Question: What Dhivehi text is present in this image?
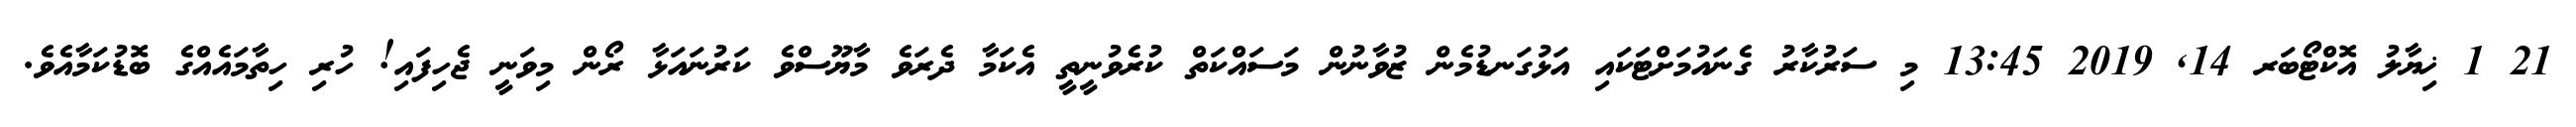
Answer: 21 1 ޚިޔާލު އޮކްޓޯބަރ 14, 2019 13:45 މި ސަރުކާރު ގެނައުމަށްޓަކައި އަޅުގަނޑުމެން ޒުވާނުން މަސައްކަތް ކުރެވުނީތީ އެކަމާ ދެރަވެ މާޔޫސްވެ ކަރުނައަޅާ ރޯން މިވަނީ ޖެހިފައި! ހުރި ހިތާމައެއްގެ ބޮޑުކަމާއެވެ.